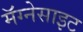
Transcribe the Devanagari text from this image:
मॅग्नेसाइट